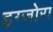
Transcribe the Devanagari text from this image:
इग्जोरा